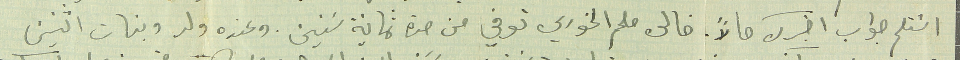
استلم جواب اخبرك حالاً. خالى ملحم الخوري توفي من مدة ثمانية سَنين وعنده ولد وبنات اثنين